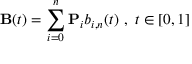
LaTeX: \mathbf { B } ( t ) = \sum _ { i = 0 } ^ { n } \mathbf { P } _ { i } b _ { i , n } ( t ) { \mathrm { ~ , ~ } } t \in [ 0 , 1 ]